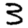
Digit: 3